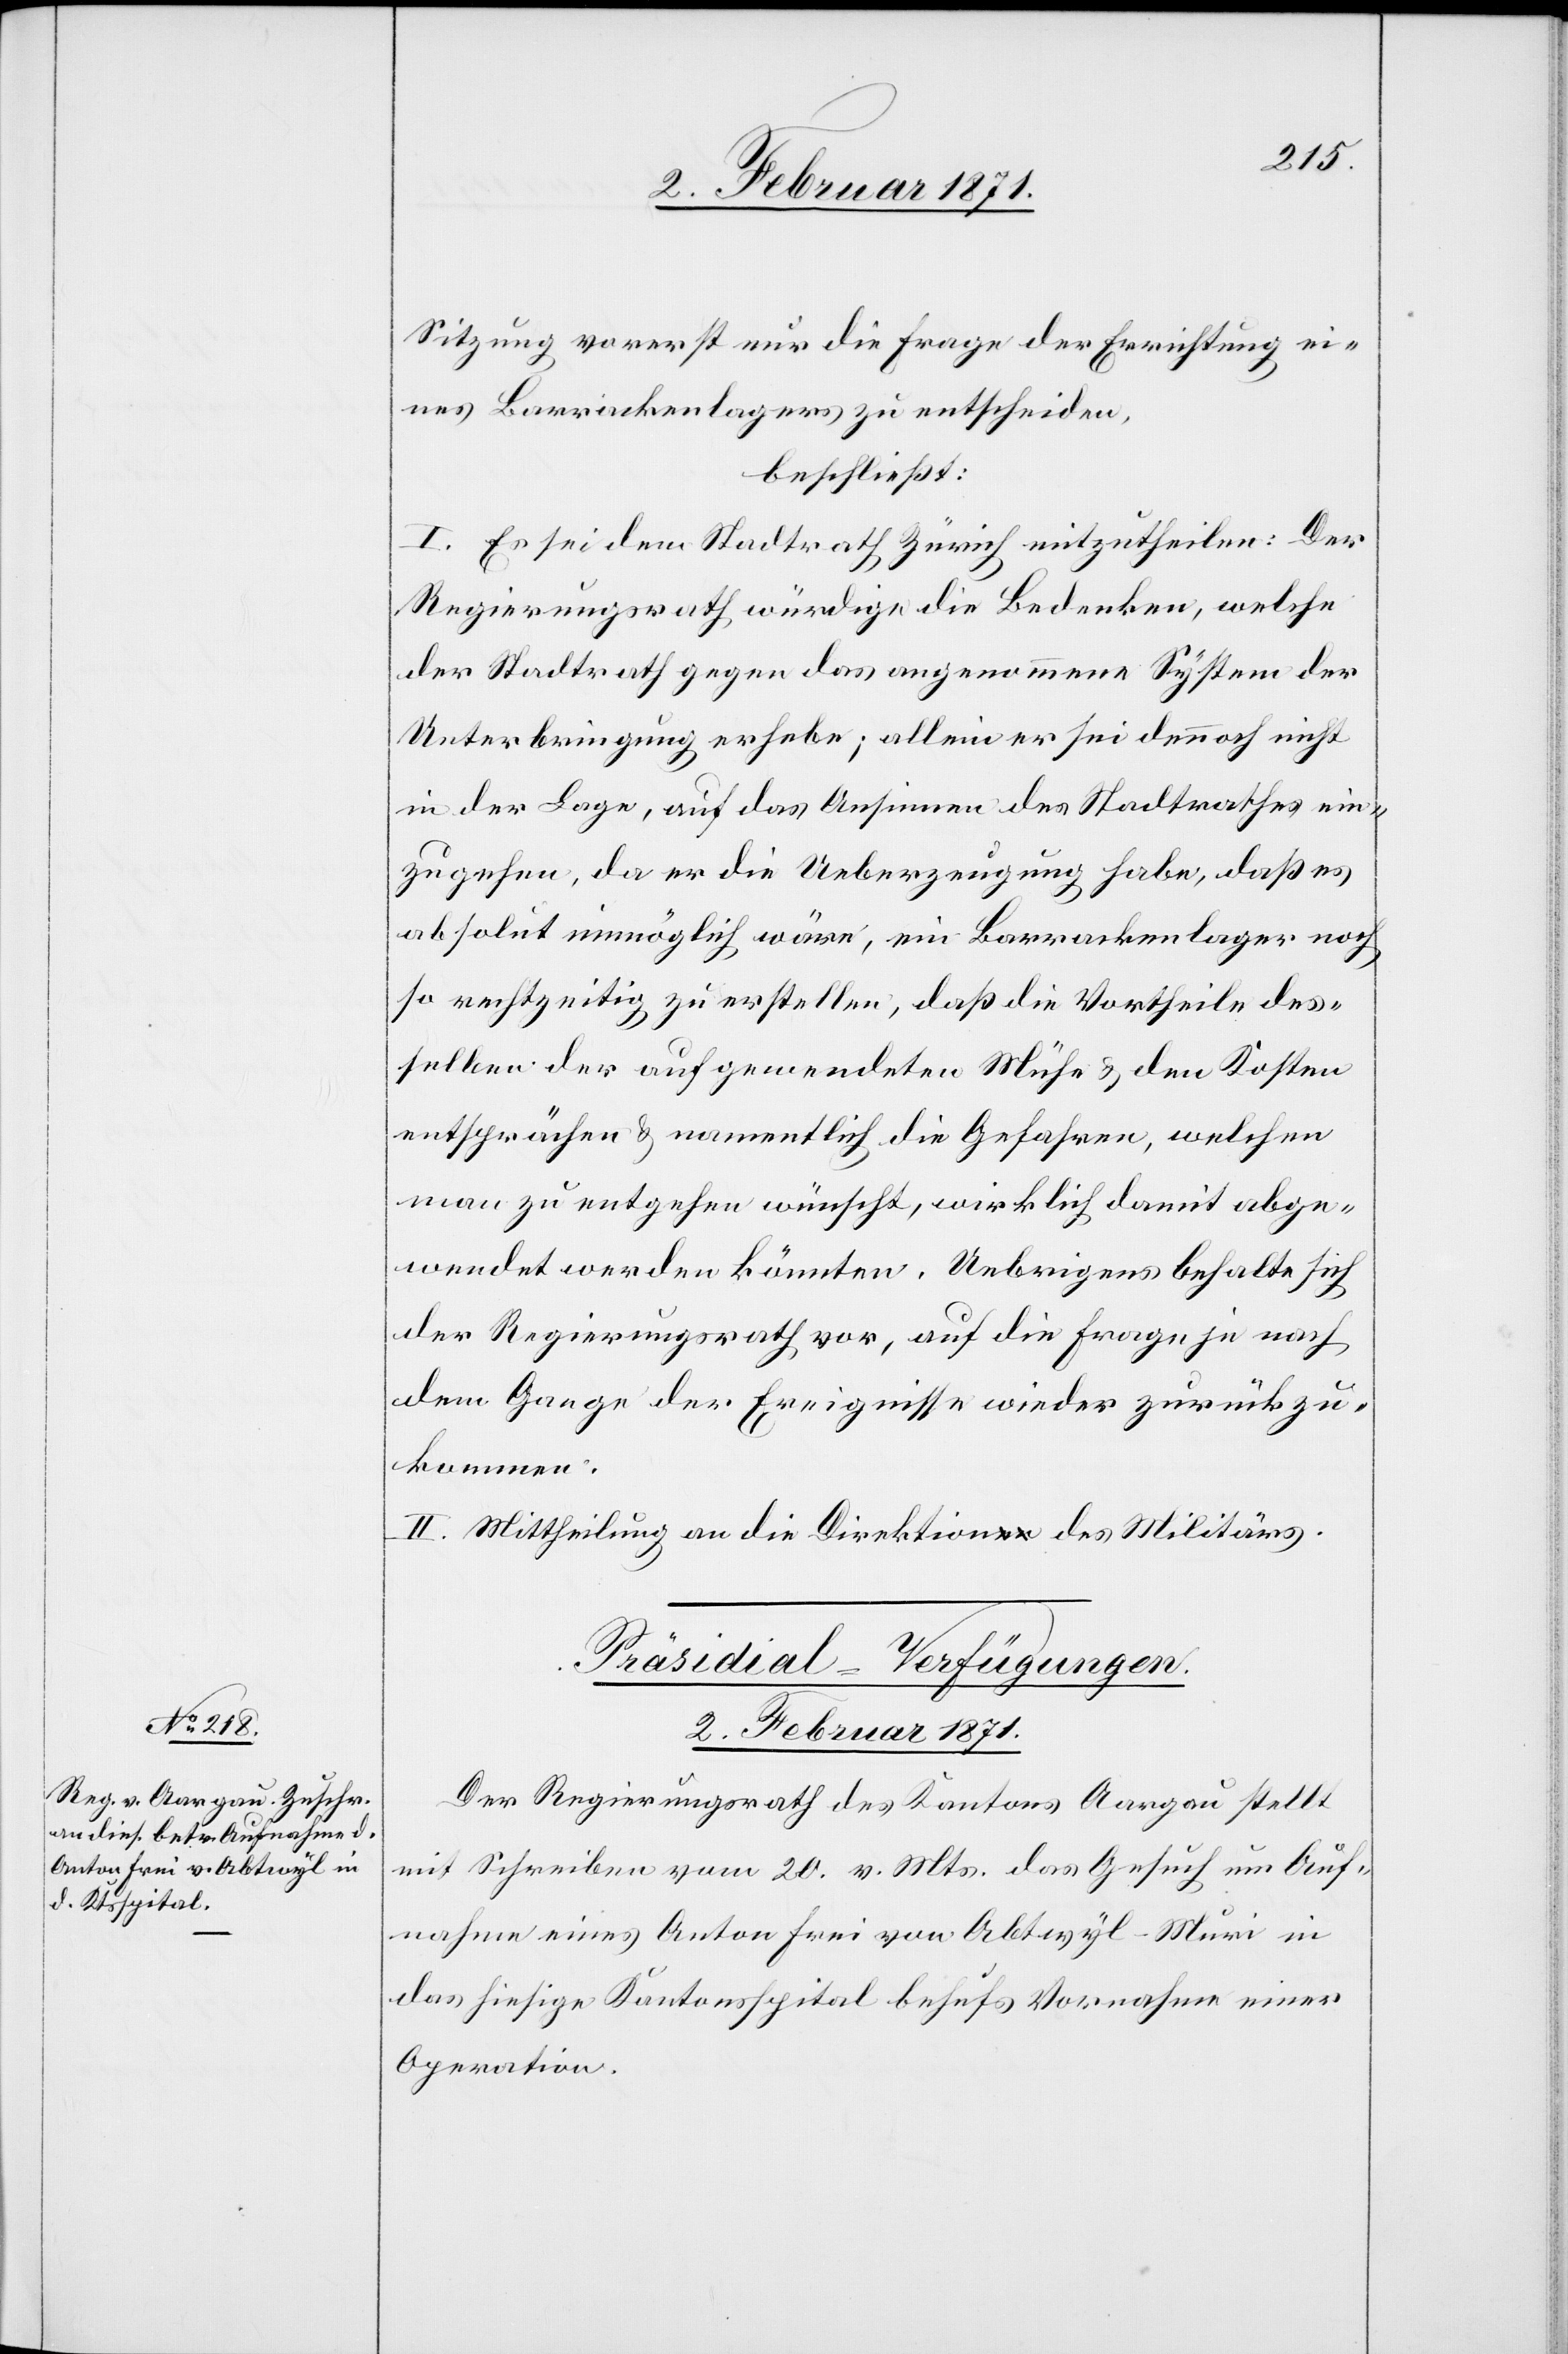
Sitzung vorerst nur die Frage der Errichtung ei¬
nes Barrackenlagers zu entscheiden,
beschließt:
I. Es sei dem Stadtrath Zürich mitzutheilen: Der
Regierungsrath würdige die Bedenken, welche
der Stadtrath gegen das angenommene System der
Unterbringung erhebe; allein er sei dennoch nicht
in der Lage, auf das Ansinnen des Stadtrathes ein¬
zugehen, da er die Ueberzeugung habe, daß es
absolut unmöglich wäre, ein Barrackenlager noch
so rechtzeitig zu erstellen, daß die Vortheile des¬
selben der aufgewendeten Mühe u. den Kosten
entsprächen u. namentlich die Gefahren, welchen
man zu entgehen wünscht, wirklich damit abge¬
wendet werden könnten. Uebrigens behalte sich
der Regierungsrath vor, auf die Frage je nach
dem Gange der Ereignisse wieder zurückzu¬
kommen.
II. Mittheilung an die Direktion des Militärs.
Präsidial-Verfügungen
2. Februar 1871.
Der Regierungsrath des Kantons Aargau stellt
mit Schreiben vom 20. v. Mts. das Gesuch um Auf¬
nahme eines Anton Frei von Abtwyl-Muri in
das hiesige Kantonsspital behufs Vornahme einer
Operation.